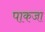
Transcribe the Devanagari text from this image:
पाकजा